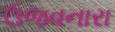
ઉજવનારા